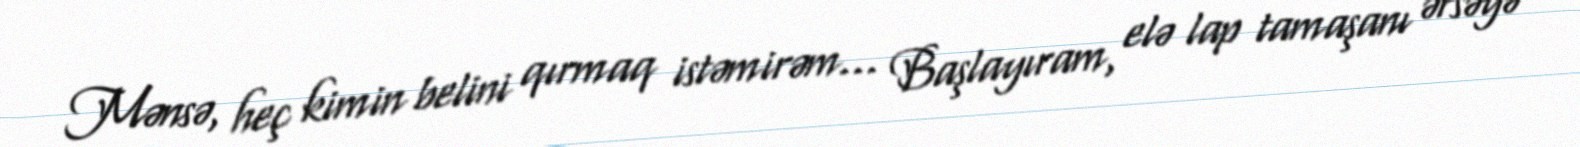
Mənsə, heç kimin belini qırmaq istəmirəm... Başlayıram, elə lap tamaşanı ərsəyə